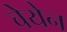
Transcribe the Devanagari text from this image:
चेयेन